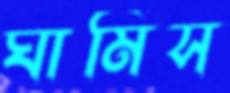
ঘামিস